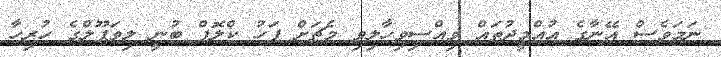
ނަމަވެސް އޭނާގެ އުއްމީދުތައް ވިއްސިވިހާލިވި މެޗަށް ފަހު ކްލޮޕް ބުނީ ލިވަޕޫލްގެ ހުރިހާ